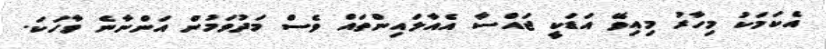
އެކަމަކު މިހާރު މިއިވޭ އަޑަކީ ޖައްސާ އެއާލައިންތައް ވެސް މަދުވަމުން އަންނާނެ ވާހަކަ.